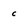
Character: c